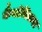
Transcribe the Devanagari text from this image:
कैनोनिकल